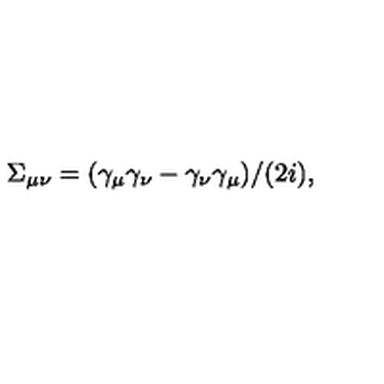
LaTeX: \Sigma _ { \mu \nu } = ( \gamma _ { \mu } \gamma _ { \nu } - \gamma _ { \nu } \gamma _ { \mu } ) / ( 2 i ) ,